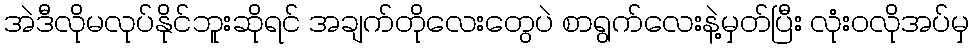
အဲဒီလိုမလုပ်နိုင်ဘူးဆိုရင် အချက်တိုလေးတွေပဲ စာရွက်လေးနဲ့မှတ်ပြီး လုံးဝလိုအပ်မှ